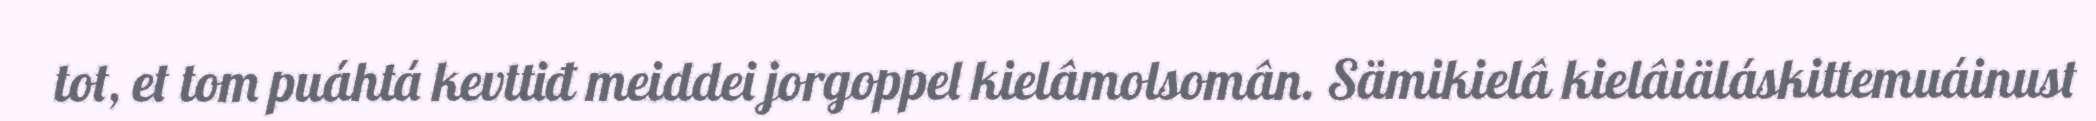
tot, et tom puáhtá kevttiđ meiddei jorgoppel kielâmolsomân. Sämikielâ kielâiäláskittemuáinust